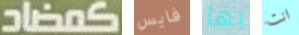
كمضاد فايس بها انت